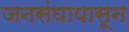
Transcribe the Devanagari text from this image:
जनसंघापासून